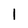
Character: 1